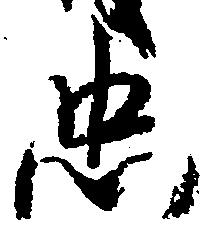
忠